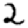
Digit: 2